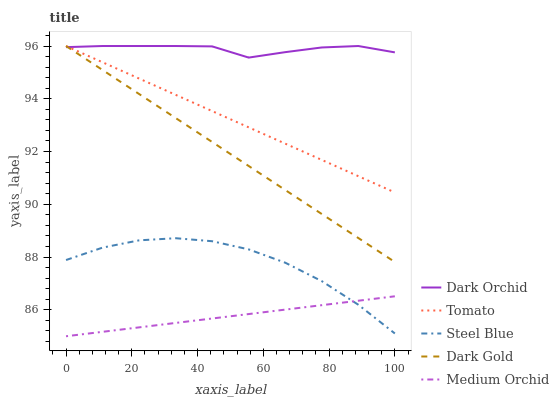
| xaxis_label | Dark Orchid | Tomato | Steel Blue | Dark Gold | Medium Orchid |
 | --- | --- | --- | --- | --- | --- |
 | 0 | 96 | 96 | 87.9 | 96 | 85 |
 | 11.1 | 96 | 95.4 | 88.4 | 95.1 | 85.2 |
 | 22.2 | 96 | 94.8 | 88.6 | 94.2 | 85.3 |
 | 33.3 | 96 | 94.1 | 88.7 | 93.3 | 85.5 |
 | 44.4 | 96 | 93.5 | 88.6 | 92.4 | 85.7 |
 | 55.6 | 95.6 | 92.9 | 88.3 | 91.5 | 85.8 |
 | 66.7 | 95.8 | 92.3 | 87.8 | 90.5 | 86 |
 | 77.8 | 95.9 | 91.7 | 87.1 | 89.6 | 86.2 |
 | 88.9 | 96 | 91.1 | 86.2 | 88.7 | 86.3 |
 | 100 | 95.8 | 90.4 | 85.1 | 87.8 | 86.5 |